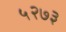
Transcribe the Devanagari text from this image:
५२७३